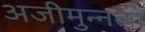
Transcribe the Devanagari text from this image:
अजीमुन्नला